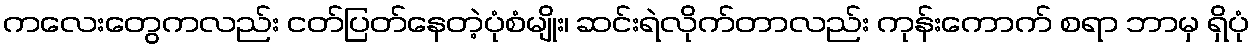
ကလေးတွေကလည်း ငတ်ပြတ်နေတဲ့ပုံစံမျိုး၊ ဆင်းရဲလိုက်တာလည်း ကုန်းကောက် စရာ ဘာမှ ရှိပုံ